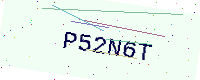
Text: P52N6T